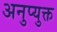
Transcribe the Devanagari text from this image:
अनुप्युक्त